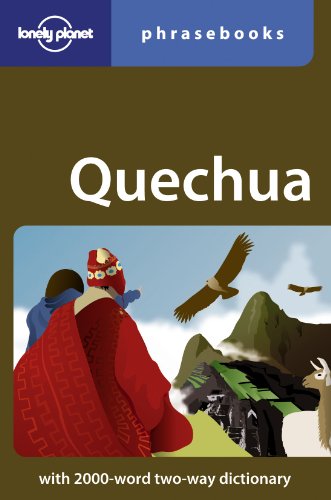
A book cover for Quechua (Lonely Planet Phrasebooks); Serafin Coronel-Molina; Travel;